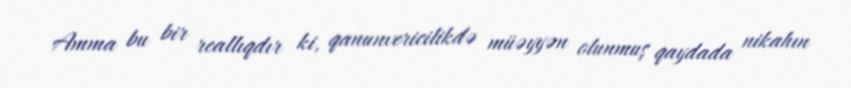
Amma bu bir reallıqdır ki, qanunvericilikdə müəyyən olunmuş qaydada nikahın